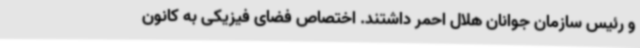
و رئیس سازمان جوانان هلال احمر داشتند. اختصاص فضای فیزیکی به کانون‌